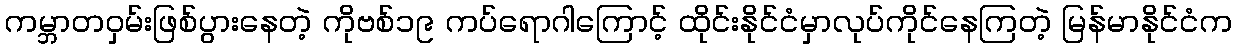
ကမ္ဘာတဝှမ်းဖြစ်ပွားနေတဲ့ ကိုဗစ်၁၉ ကပ်ရောဂါကြောင့် ထိုင်းနိုင်ငံမှာလုပ်ကိုင်နေကြတဲ့ မြန်မာနိုင်ငံက